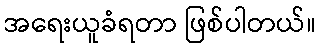
အရေးယူခံရတာ ဖြစ်ပါတယ်။